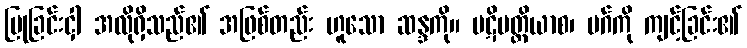
ပြုခြင်းငှါ အလိုရှိသည်၏ အဖြစ်တည်း ဟူသော ဆန္ဒကို။ ပဋိပတ္တိယာစ၊ မဂ်ကို ကျင့်ခြင်း၏